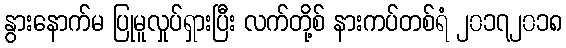
နွားနောက်မ ပြုမူလှုပ်ရှားပြီး လက်တို့စ် နားကပ်တစ်ရံ ၂၀၁၇၂၀၁၈